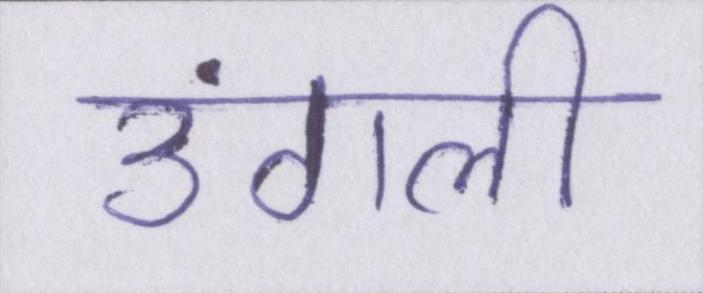
उंगली